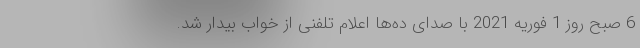
6 صبح روز 1 فوریه 2021 با صدای ده‌ها اعلام تلفنی از خواب بیدار شد.